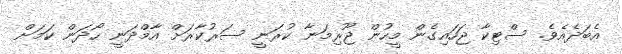
އެބަދެއެވެ. ސްޓިކާ ޖަހައިގެން މީހުން ޖޫރިމަނާ ކުރަނީ ސަރުކާރަށް އާމްދަނީ ހޯދަން ކަމަށް